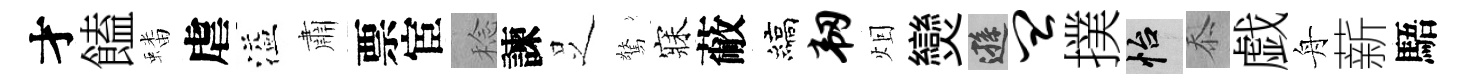
才饁蟠虐溢肅票宦稔諫𠯁驚寐蔽縞韧𤇆𤓖遜皿撲怡忝戯舟薪䮏